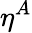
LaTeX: \eta^{A}